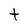
Character: t